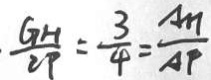
\frac { G H } { 2 P } = \frac { 3 } { 4 } = \frac { A H } { A P }